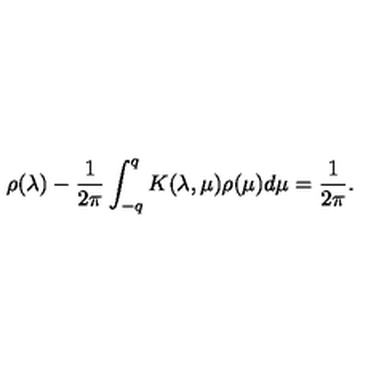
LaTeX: \rho ( \lambda ) - \frac { 1 } { 2 \pi } \int _ { - q } ^ { q } K ( \lambda , \mu ) \rho ( \mu ) d \mu = \frac { 1 } { 2 \pi } .